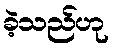
ခဲ့သည်ဟု